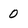
Character: 0